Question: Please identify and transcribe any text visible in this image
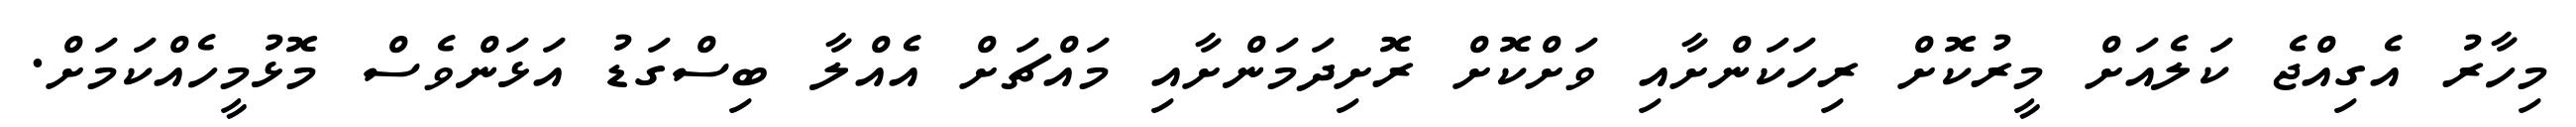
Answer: މިހާރު އެގިއްޖެ ކަލެއަށް މީރުކޮށް ރިހަކަންށާއި ވަށްކޮށް ރޮށިދަމަންށާއި މައްޗަށް އެއްލާ ބިސްގަޑު އަޅަންވެސް މޮޅުމީހެއްކަމަށް.